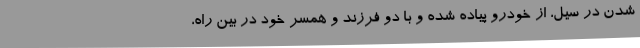
شدن در سیل، از خودرو پیاده شده و با دو فرزند و همسر خود در بین راه،